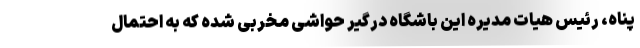
پناه، رئیس هیات مدیره این باشگاه درگیر حواشی مخربی شده که به احتمال